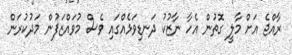
ރާއްޖެ އަށް މާލީ ގޮތުން އެހާ ނާޒުކު ދަނޑިވަޅެއްގައި ވެސް މުވައްޒަފުން މަދުކުރަން